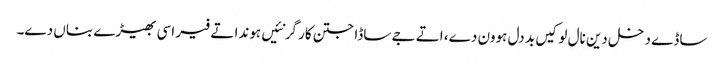
ساڈے دخل دین نال لوکیں بد دل ہوون دے، اتے جے ساڈا جتن کار گر نئیں ہوندا تے فیر اسی بھیڑے بناں دے۔